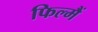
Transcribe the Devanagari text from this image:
फिल्मैं